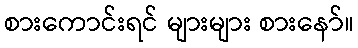
စားကောင်းရင် များများ စားနော်။